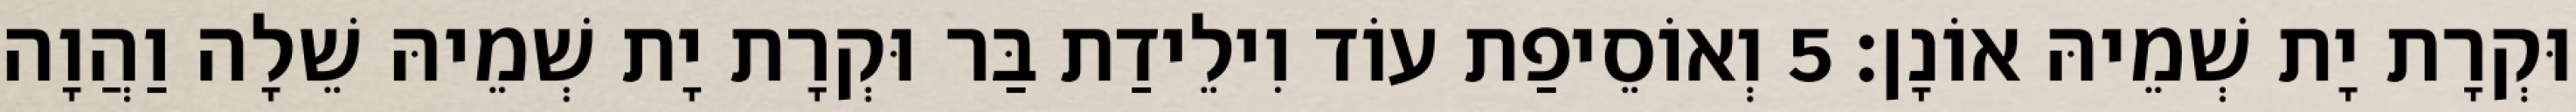
וּקְרָת יָת שְׁמֵיהּ אוֹנָן׃ 5 וְאוֹסֵיפַת עוֹד וִילֵידַת בַּר וּקְרָת יָת שְׁמֵיהּ שֵׁלָה וַהֲוָה